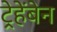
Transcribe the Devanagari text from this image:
ट्रेहेंबेन